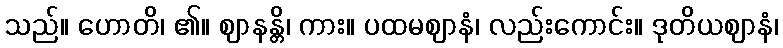
သည်။ ဟောတိ၊ ၏။ ဈာနန္တိ၊ ကား။ ပထမဈာနံ၊ လည်းကောင်း။ ဒုတိယဈာနံ၊